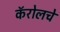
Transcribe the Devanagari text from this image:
कॅरोलचे